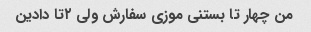
من چهار تا بستنی موزی سفارش ولی ۲تا دادین